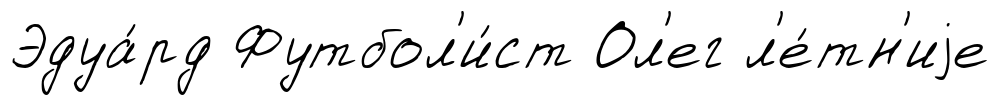
Эдуа́рд Футбол'и́ст Ол'ег л'е́тн'иjе